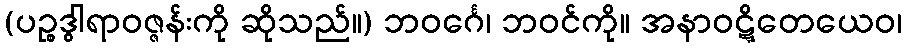
(ပဉ္စဒွါရာဝဇ္ဇန်းကို ဆိုသည်။) ဘဝင်္ဂေ၊ ဘဝင်ကို။ အနာဝဋ္ဋိတေယေဝ၊